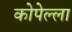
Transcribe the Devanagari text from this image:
कोपेल्ला